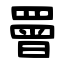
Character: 罾